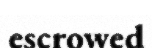
escrowed